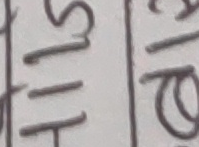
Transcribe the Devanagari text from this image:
सा